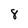
Character: 8